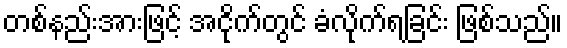
တစ်နည်းအားဖြင့် အငိုက်တွင် ခံလိုက်ရခြင်း ဖြစ်သည်။